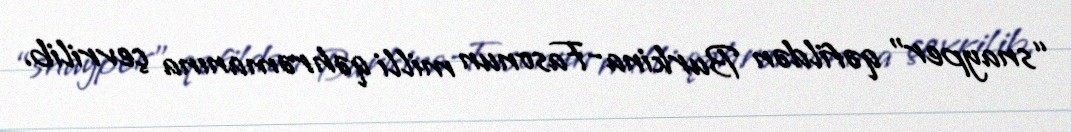
“snayper” qəfildən Burkina-Fasonun milli qəhrəmanına çevrilib.